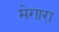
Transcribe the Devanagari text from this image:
मेगारा